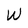
Character: W